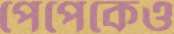
পেপেকেও